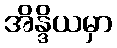
အိန္ဒိယမှာ